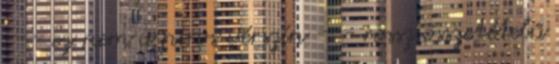
--- ez nem a piros vérszín --- rossz összetételű